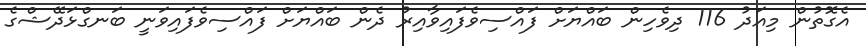
އެގޮތުން މިއަދު 116 ދިވެހިން ބައްޔަށް ފައްސިވެފައިވާއިރު ދެން ބައްޔަށް ފައްސިވެފައިވަނީ ބަނގްޅަދޭޝްގެ